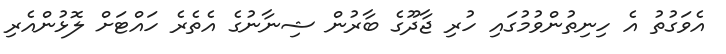
އެވަގުތު އެ ހިނިތުންވުމުގައި ހުރި ޖާދޫގެ ބާރުން ޝިނާނުގެ އެތެރެ ހައްޓަށް ލޮޅުންއެރި